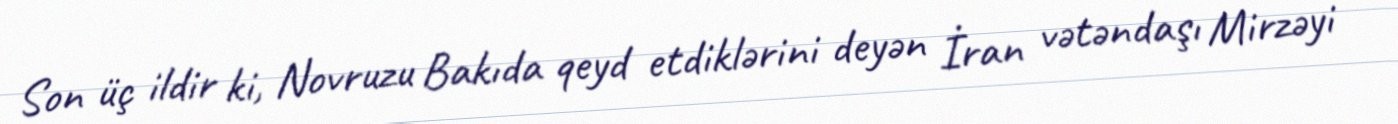
Son üç ildir ki, Novruzu Bakıda qeyd etdiklərini deyən İran vətəndaşı Mirzəyi